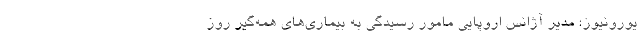
یورونیوز؛ مدیر آژانس اروپایی مامور رسیدگی به بیماری‌های همه‌گیر روز